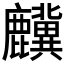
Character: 𲎎